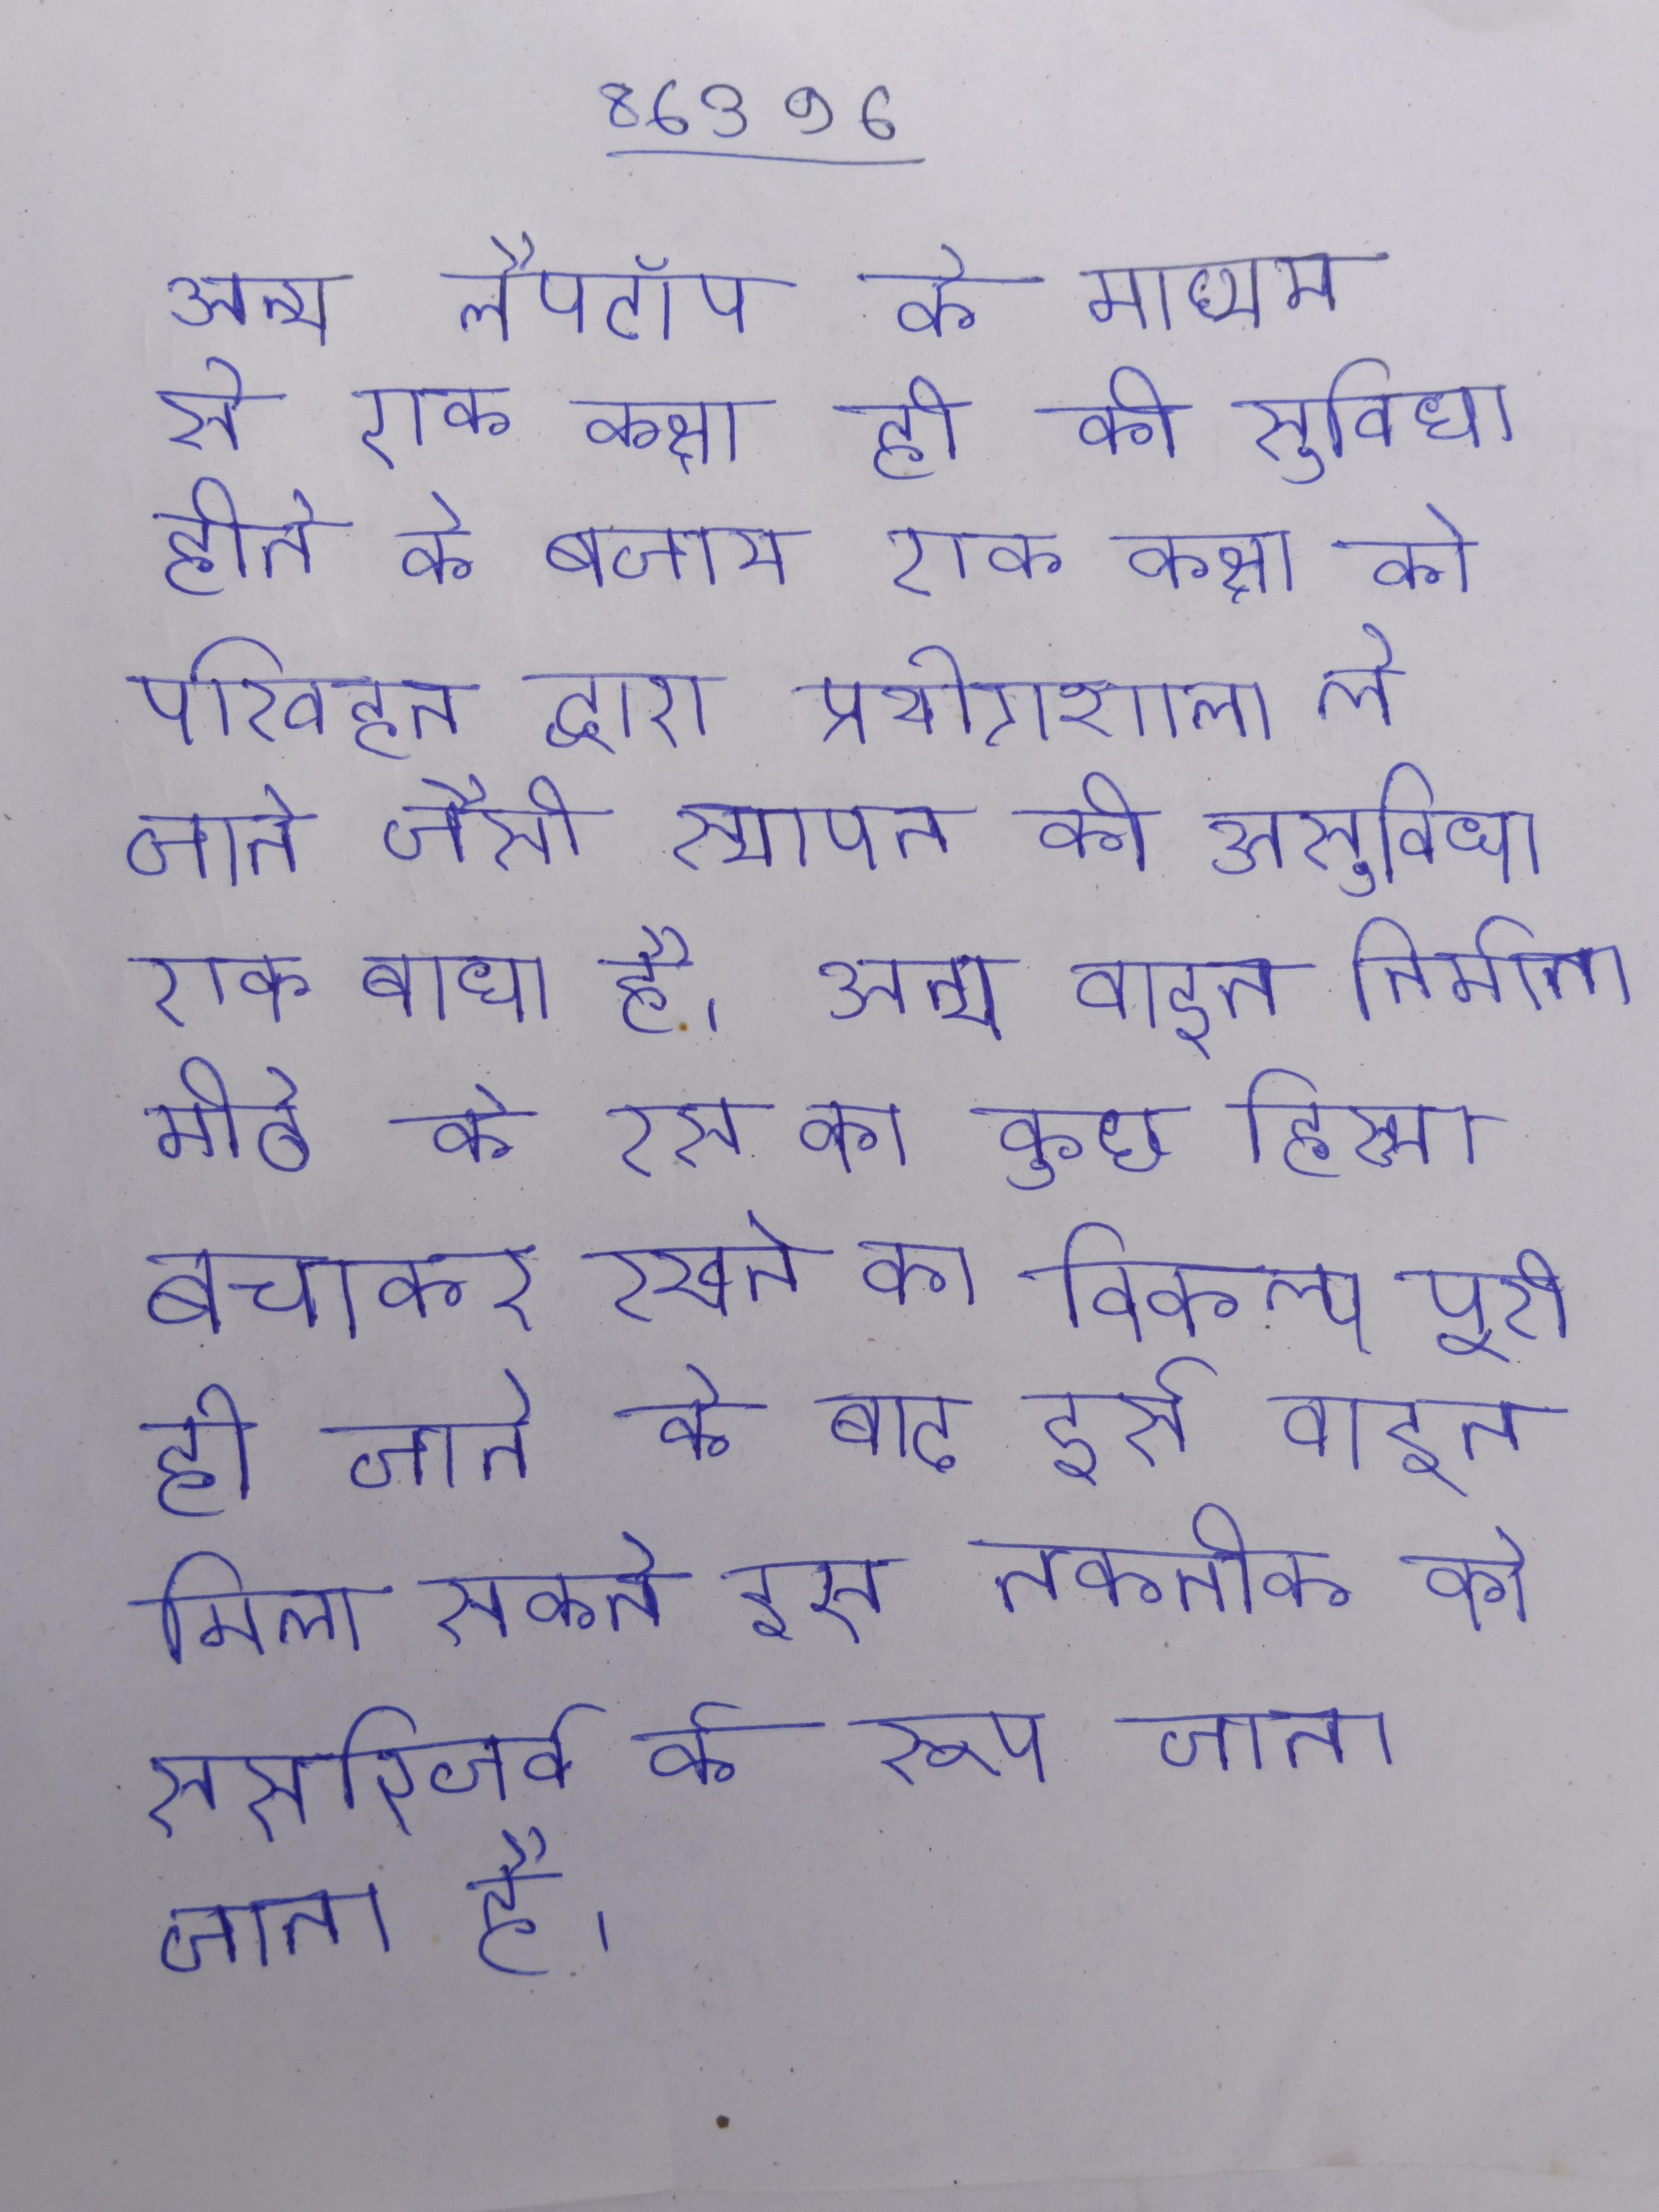
अन्य लैपटॉप के माध्यम से एक कक्षा ही की सुविधा होने के बजाय एक कक्षा को परिवहन द्वारा प्रयोगशाला ले जाने जैसी स्थापन की असुविधा एक बाधा है । अन्य वाइन निर्माता मीठे के रस का कुछ हिस्सा बचाकर रखने का विकल्प चुन सकते और की प्रक्रिया पूरी हो जाने के बाद इसे वाइन मिला सकते इस तकनीक को ससरिजर्व के रूप जाना जाता है ।